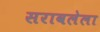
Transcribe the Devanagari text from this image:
सरावलेला